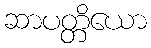
ဆာပတ္တိယော